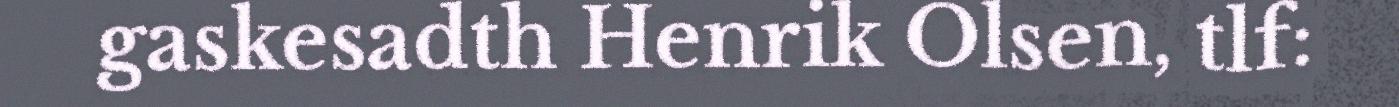
gaskesadth Henrik Olsen, tlf: